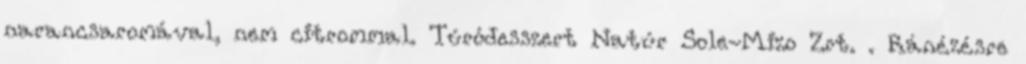
narancsaromával, nem citrommal. Túródesszert Natúr Sole-Mizo Zrt. . Ránézésre